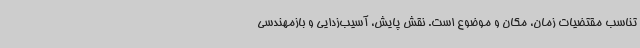
تناسب مقتضیات زمان، مکان و موضوع است. نقش پایش، آسیب‌زدایی و بازمهندسی